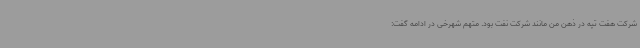
شرکت هفت تپه در ذهن من مانند شرکت نفت بود. متهم شهرخی در ادامه گفت: